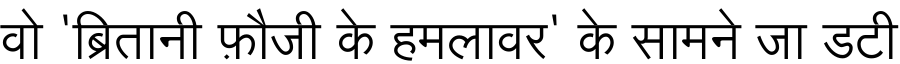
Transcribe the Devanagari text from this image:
वो 'ब्रितानी फ़ौजी के हमलावर' के सामने जा डटी